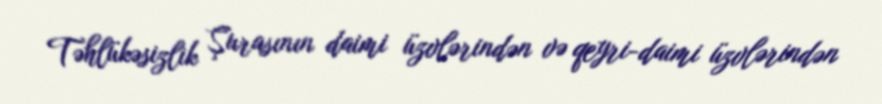
Təhlükəsizlik Şurasının daimi üzvlərindən və qeyri-daimi üzvlərindən